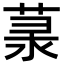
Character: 𦲙